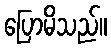
ပြောမိသည်။